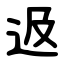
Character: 﨤